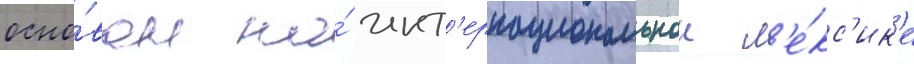
осно́ван на́ инт'ернациональнои л'е́кс'ик'е